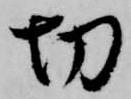
切